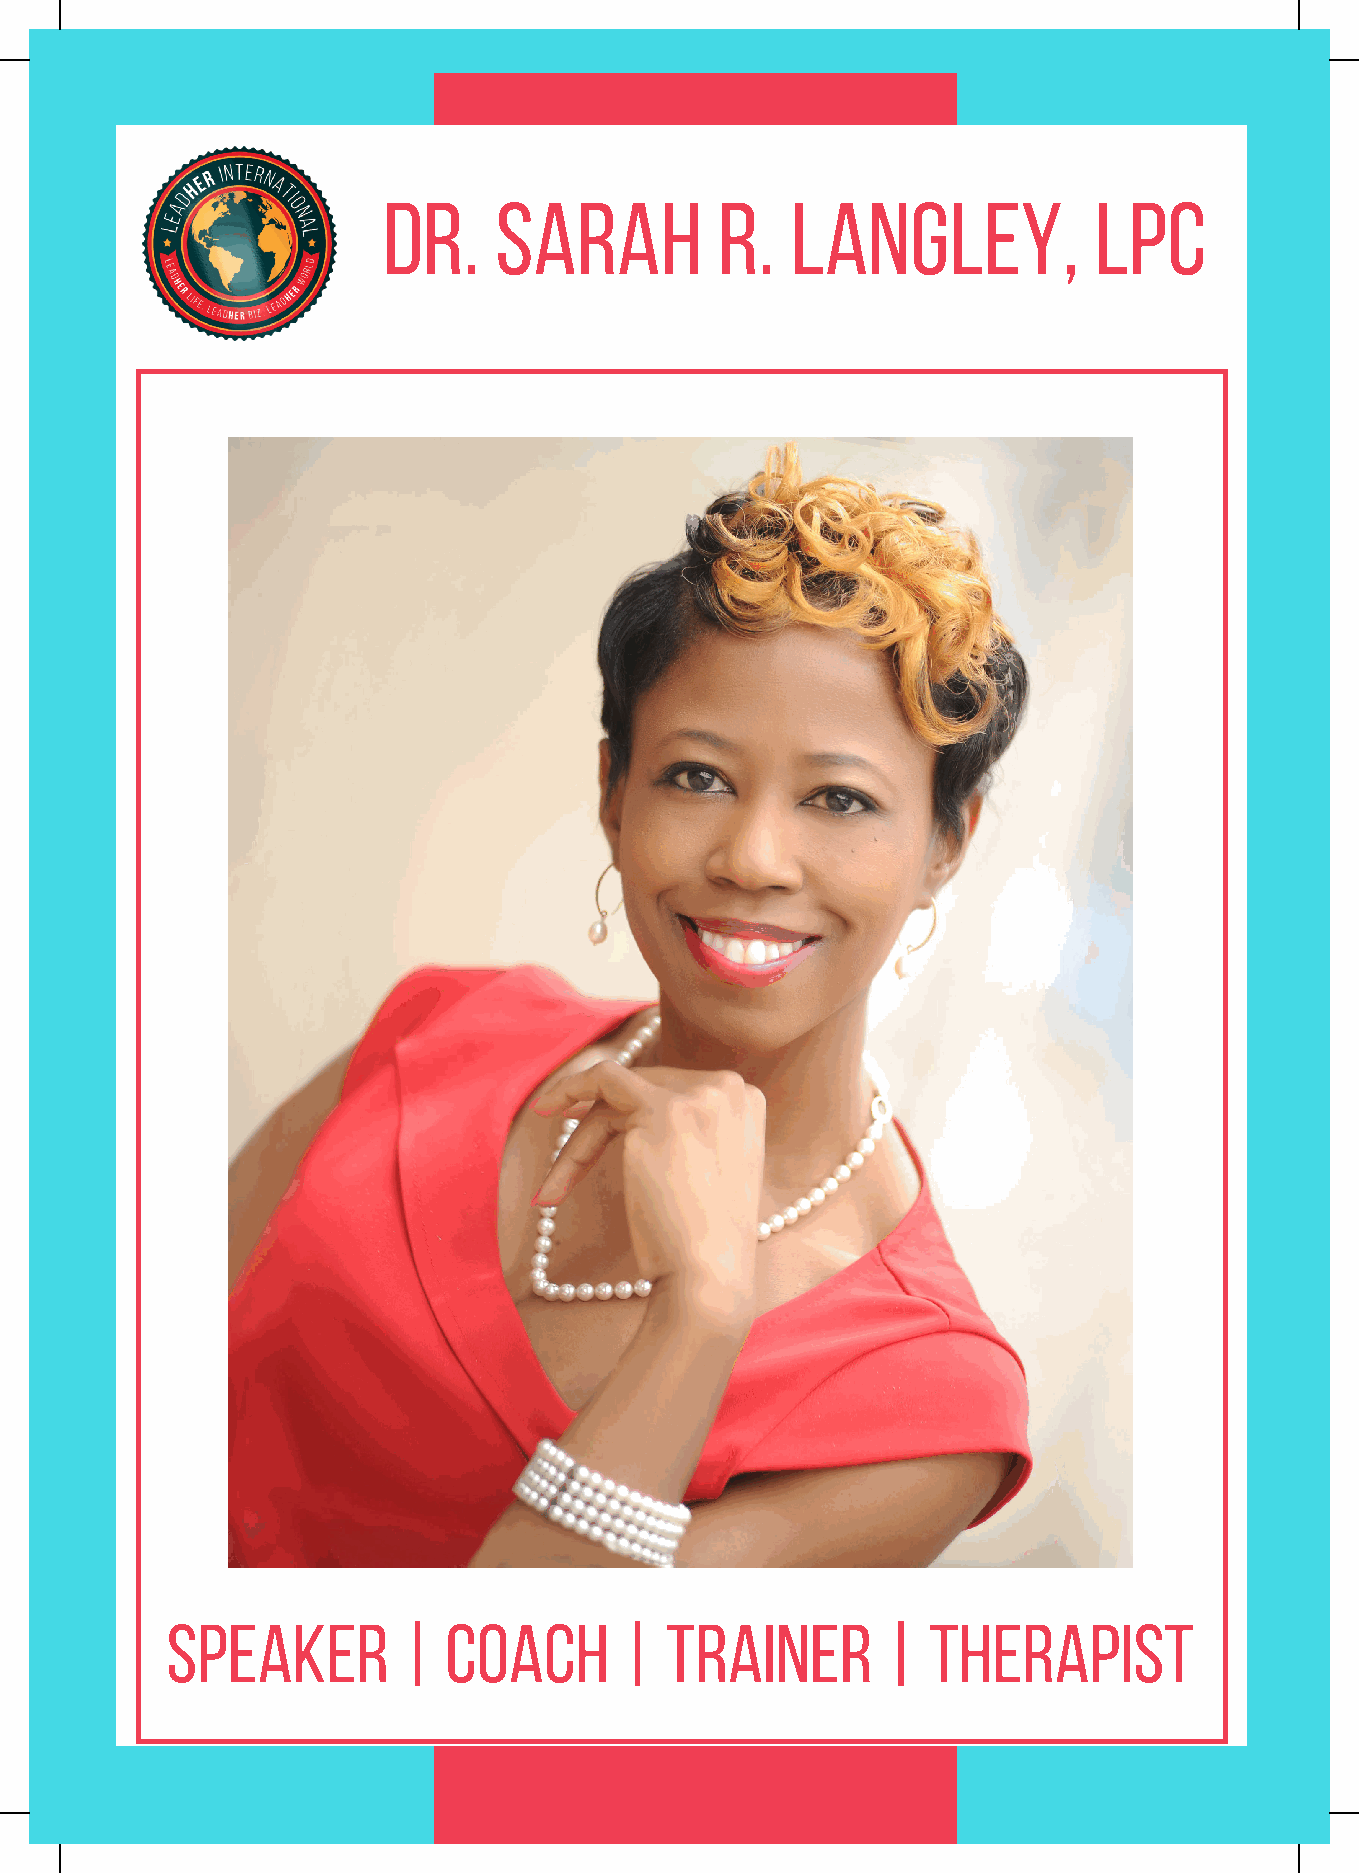
Dr.     Sarah          R.  Langley,            lpc
 speaker         | coach       |  trainer        | therapist